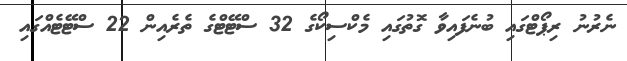
ނެރުުނު ރިޕޯޓްގައި ބުުނެފައިވާ ގޮތުގައި މެކްސިކޯގެ 32 ސްޓޭޓްގެ ތެރެއިން 22 ސްޓޭޓެއްގައި